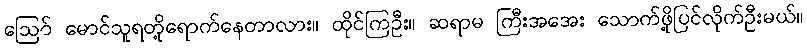
ဪ မောင်သူရတို့ရောက်နေတာလား။ ထိုင်ကြဦး။ ဆရာမ ကြီးအအေး သောက်ဖို့ပြင်လိုက်ဦးမယ်။